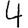
Digit: 4